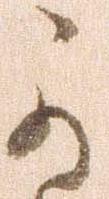
可